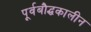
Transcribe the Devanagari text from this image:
पूर्वबौद्धकालीन